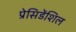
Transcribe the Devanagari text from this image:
प्रेसिडेंशिल